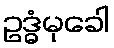
ဥဒ္ဓံမုခေါ